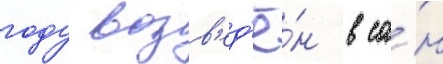
году возв'ед'ё́н в са́н